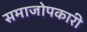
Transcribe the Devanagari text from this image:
समाजोपकारी